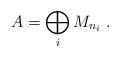
LaTeX: \begin{align*}A=\bigoplus_{i} M_{n_i}\;.\end{align*}